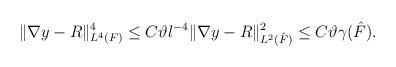
LaTeX: \begin{align*}\Vert \nabla y - R\Vert^4_{L^4(F)} \le C \vartheta l^{-4} \Vert \nabla y - R\Vert^2_{L^2(\hat{F})} \le C \vartheta \gamma(\hat{F}). \end{align*}